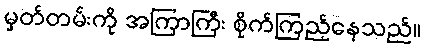
မှတ်တမ်းကို အကြာကြီး စိုက်ကြည့်နေသည်။